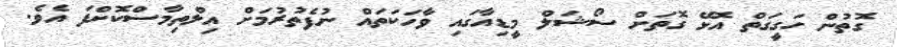
ގޮތުން ހަގީގަތް އޮޅޭ ގޮތަށް ސޯޝަލް މީޑިއާގައި ވާހަކަތައް ނުފެތުރުމަށް އިލްތިމާސްކޮށްފަ އެވެ.